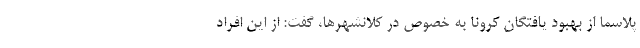
پلاسما از بهبود یافتگان کرونا به خصوص در کلانشهرها، گفت: از این افراد